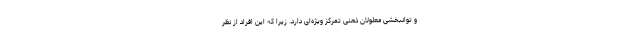
و توانبخشی معلولان ذهنی تمرکز ویژه‌ای دارد. زیرا که این افراد از نظر